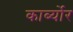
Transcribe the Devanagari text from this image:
कार्ब्योर